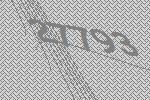
27793